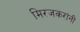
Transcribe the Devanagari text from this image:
मिरजकरांनी